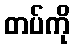
တပ်ကို